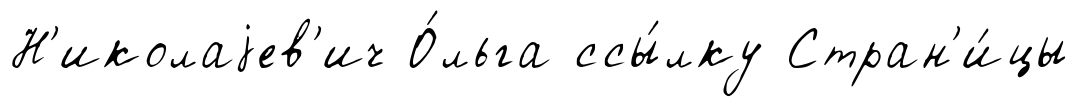
Н'иколаjев'ич О́льга ссы́лку Стран'и́цы